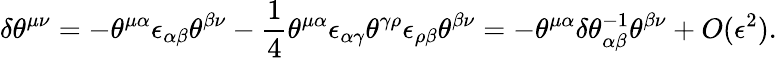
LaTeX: \delta\theta^{\mu\nu}=-\theta^{\mu\alpha}\epsilon_{\alpha\beta}\theta^{\beta\nu}-\frac{1}{4}\theta^{\mu\alpha}\epsilon_{\alpha\gamma}\theta^{\gamma\rho}\epsilon_{\rho\beta}\theta^{\beta\nu}=-\theta^{\mu\alpha}\delta\theta_{\alpha\beta}^{-1}\theta^{\beta\nu}+O(\epsilon^{2}).